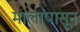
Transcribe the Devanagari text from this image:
मालांपासून